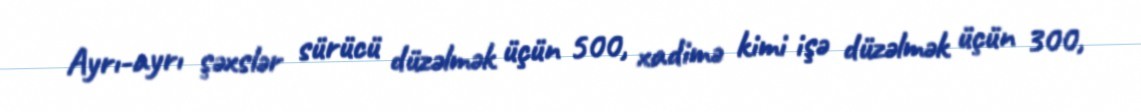
Ayrı-ayrı şəxslər sürücü düzəlmək üçün 500, xadimə kimi işə düzəlmək üçün 300,